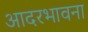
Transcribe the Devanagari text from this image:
आदरभावना